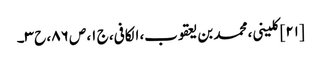
[۲۱] کلینی، محمد بن یعقوب، الکافی، ج ۱، ص ۸۶، ح ۳۔